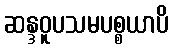
ဆန္ဒဝူပသမပစ္စယာပိ